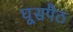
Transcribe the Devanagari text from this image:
घूसपैठ